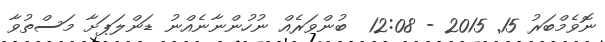
ނޮވެމްބަރު 15